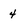
Character: 4